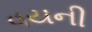
વયની